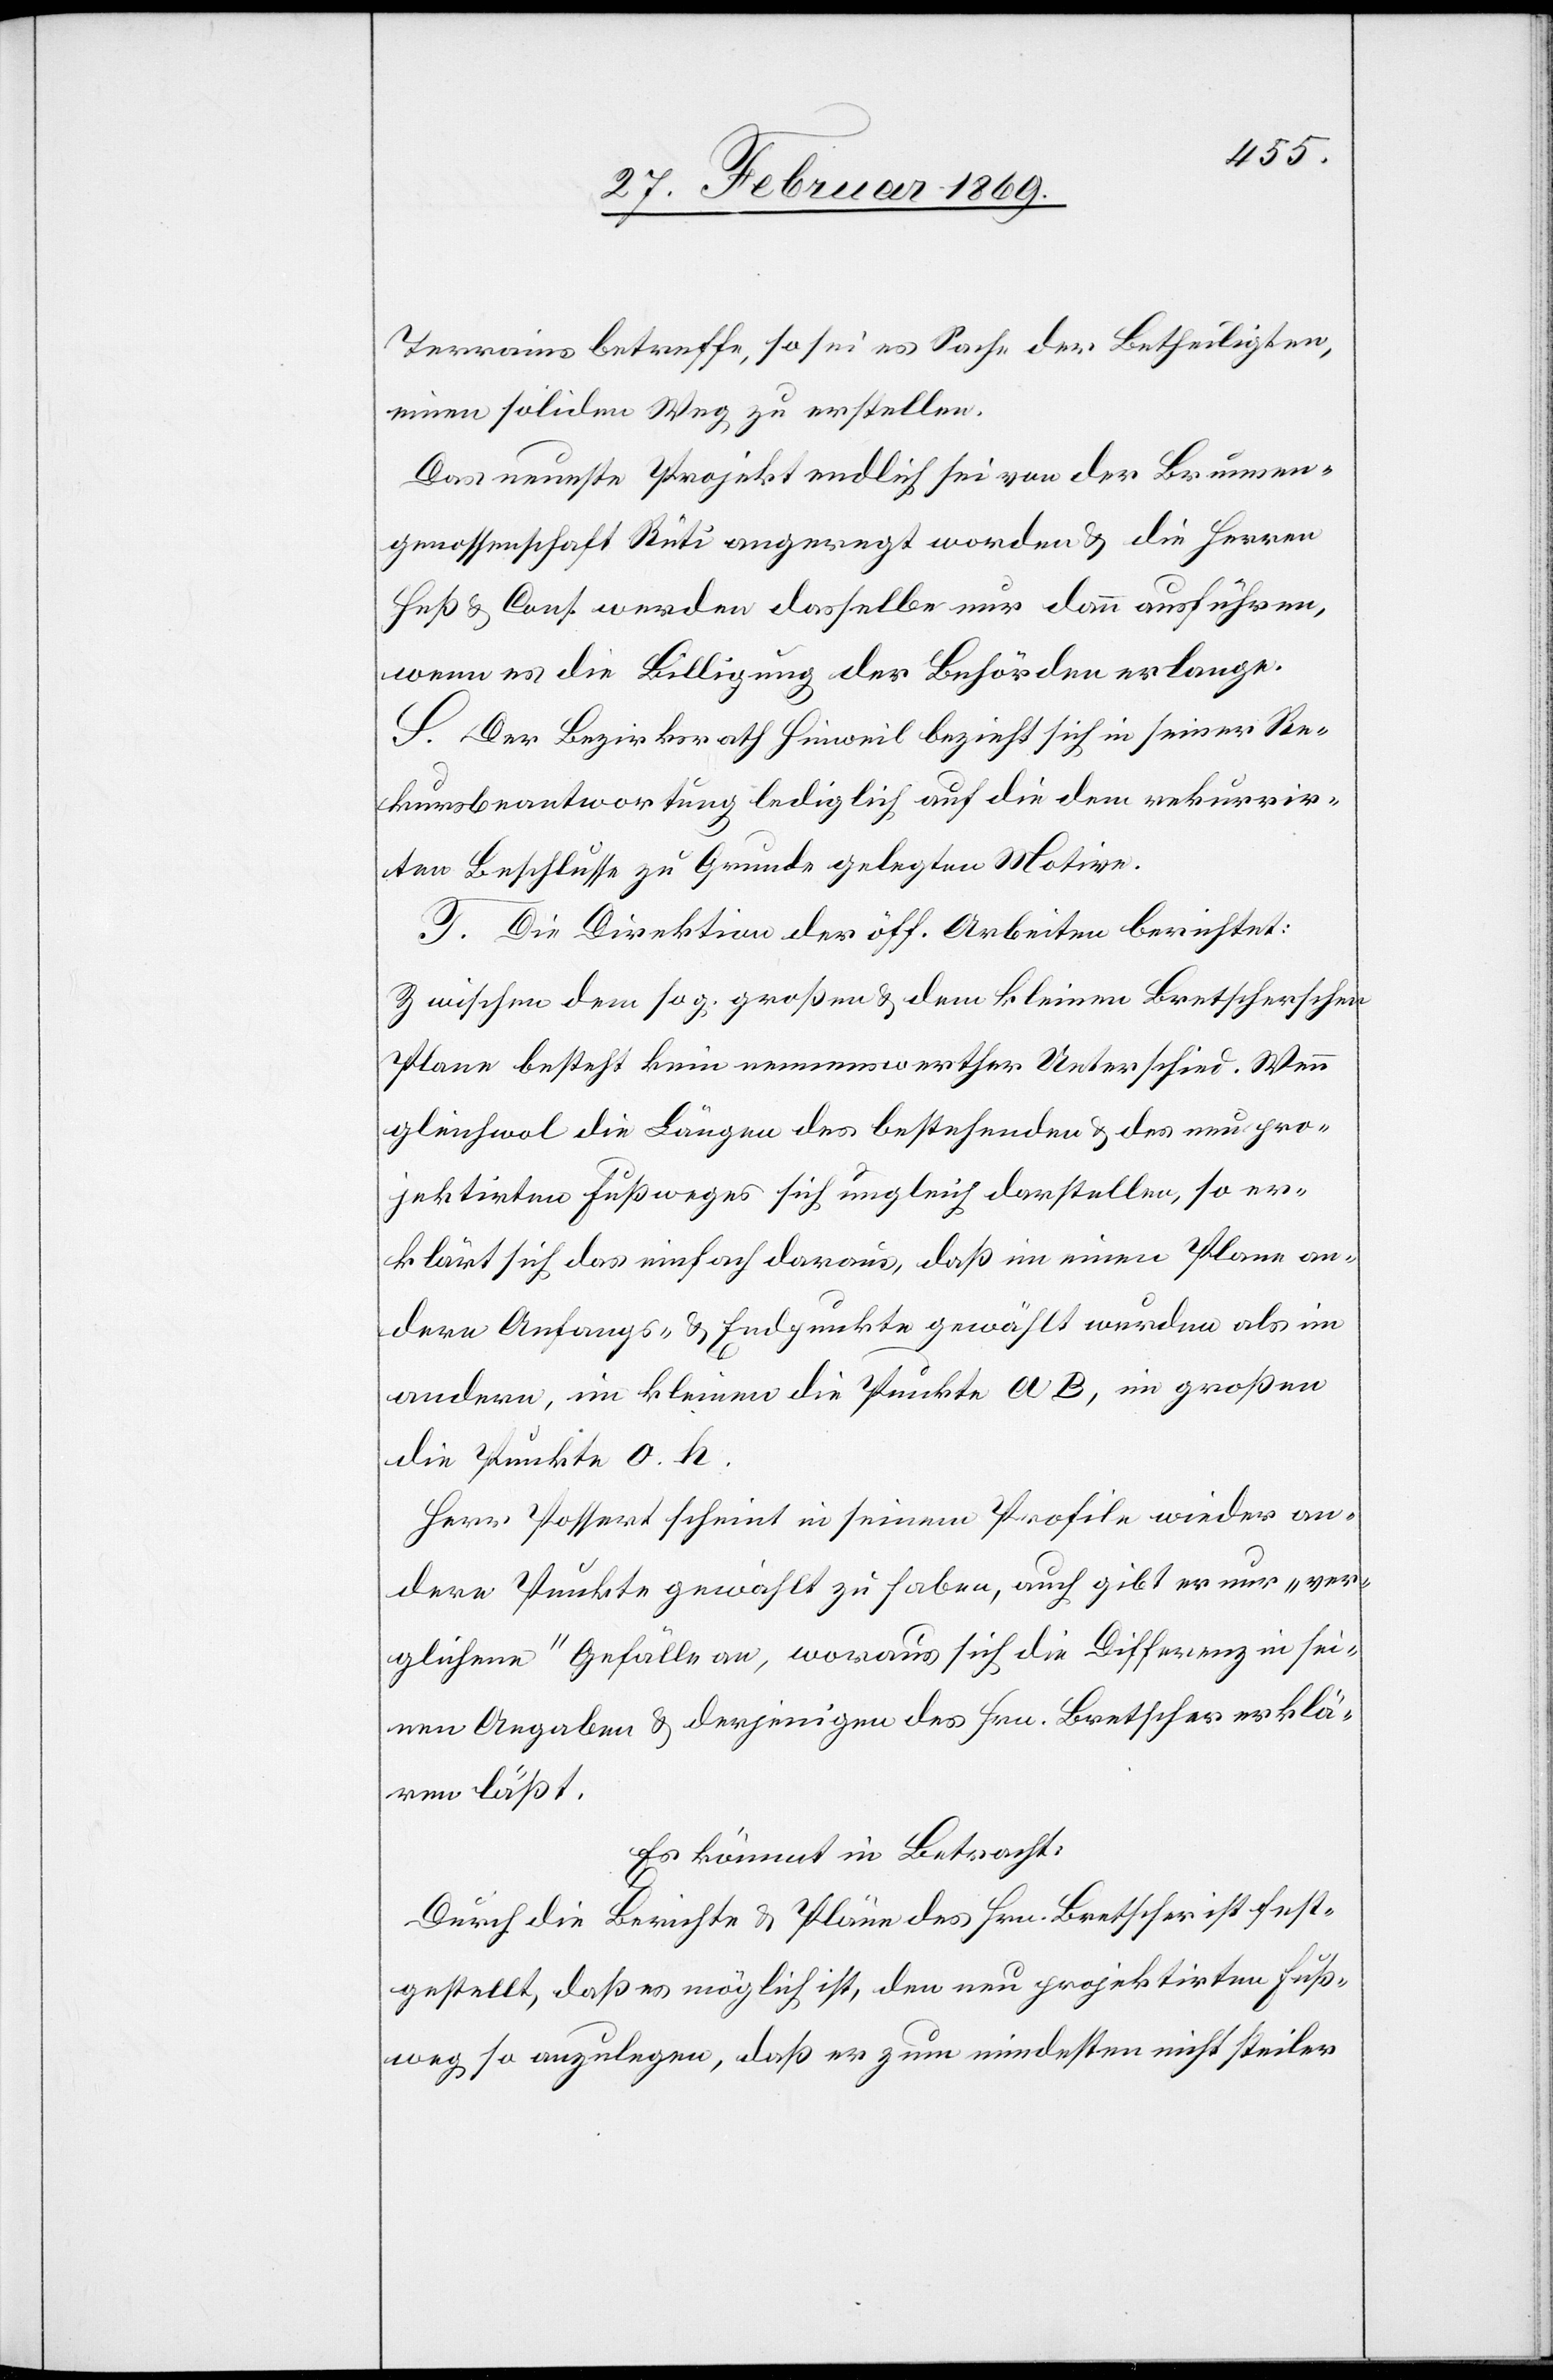
Terrains betreffe, so sei es Sache der Betheiligten,
einen soliden Weg zu erstellen.
Das neueste Projekt endlich sei von der Brunnen¬
genossenschaft Rüti angeregt worden & die Herren
Heß & Cons. werden dasselbe nur dann ausführen,
wenn es die Billigung der Behörden erlange.
S. Der Bezirksrath Hinweil bezieht sich in seiner Re¬
kursbeantwortung lediglich auf die dem rekurrir¬
ten Beschlusse zu Grunde gelegten Motive.
T. Die Direktion der öff. Arbeiten berichtet:
Zwischen dem sog. großen & dem kleinen Bretscherschen
Plane besteht kein nennenswerther Unterschied. Wenn
gleichwol die Längen des bestehenden & des neu pro¬
jektirten Fußweges sich ungleich darstellen, so er¬
klärt sich das einfach daraus, daß im einem Plane an¬
dere Anfangs- & Endpunkte gewählt wurden als im
andern, im kleinen die Punkte A B, im großen
die Punkte O. H.
Herr Possert scheint in seinem Profile wieder an¬
dere Punkte gewählt zu haben, auch gibt er nur „ver¬
glichene“ Gefälle an, woraus sich die Differenz in sei¬
nen Angaben & derjenigen des Hrn. Bretscher erklä¬
ren läßt.
Es kömmt in Betracht:
Durch die Berichte & Pläne des Hrn. Bretscher ist fest¬
gestellt, daß es möglich ist, den neu projektirten Fuß¬
weg so anzulegen, daß er zum mindesten nicht steiler